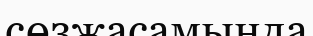
сөзжасамында